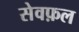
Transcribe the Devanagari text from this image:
सेवफ़ल